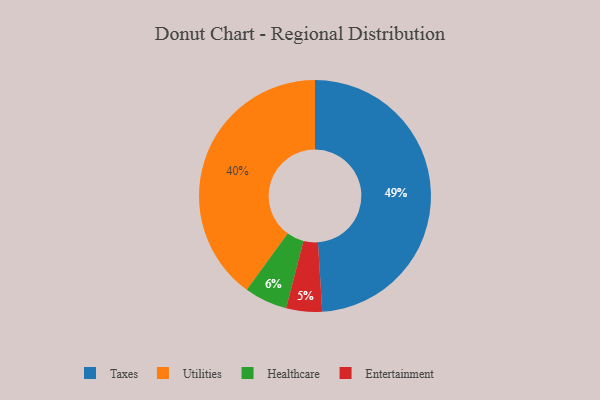
{"axis": {"x": "Category", "y": "Percentage"}, "legend": ["Entertainment", "Healthcare", "Taxes", "Utilities"], "data": [{"x": "Taxes", "y": 49, "type": "Taxes"}, {"x": "Utilities", "y": 40, "type": "Utilities"}, {"x": "Healthcare", "y": 6, "type": "Healthcare"}, {"x": "Entertainment", "y": 5, "type": "Entertainment"}]}